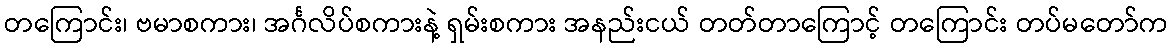
တကြောင်း၊ ဗမာစကား၊ အင်္ဂလိပ်စကားနဲ့ ရှမ်းစကား အနည်းငယ် တတ်တာကြောင့် တကြောင်း တပ်မတော်က